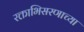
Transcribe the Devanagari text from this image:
रक्ताभिसरणाच्या